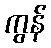
ကွန်